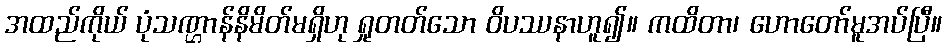
အထည်ကိုယ် ပုံသဏ္ဌာန်နိမိတ်မရှိဟု ရှုတတ်သော ဝိပဿနာဟူ၍။ ကထိတာ၊ ဟောတော်မူအပ်ပြီ။